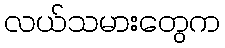
လယ်သမားတွေက